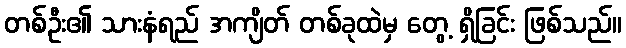
တစ်ဦး၏ သားနံရည် အကျိတ် တစ်ခုထဲမှ တွေ့ ရှိခြင်း ဖြစ်သည်။